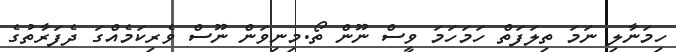
ހިމަނާލި ނަމަ ތިލަފަތް ހަމަހަމަ ވީސް ނޫން ތޯ.މިނިވަން ނޫސް ވެރިކަމެއްގަ ދެފަރާތުގެ